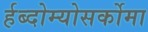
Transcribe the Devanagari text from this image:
र्हब्दोम्योसर्कोमा